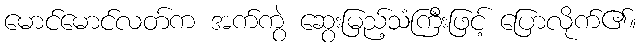
မောင်မောင်လတ်က အက်ကွဲ ဆွေးမြည့်သံကြီးဖြင့် ပြောလိုက်၏။